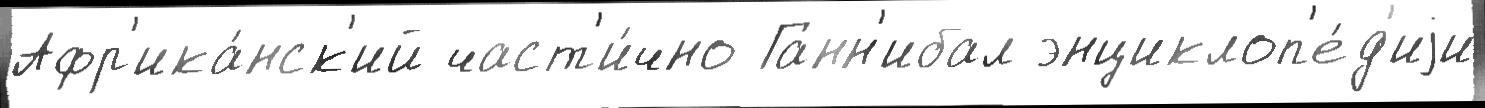
Афр'ика́нск'ий част'и́чно Ганн'ибал энциклоп'е́д'иjи